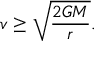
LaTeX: v \geq { \sqrt { \frac { 2 G M } { r } } } .